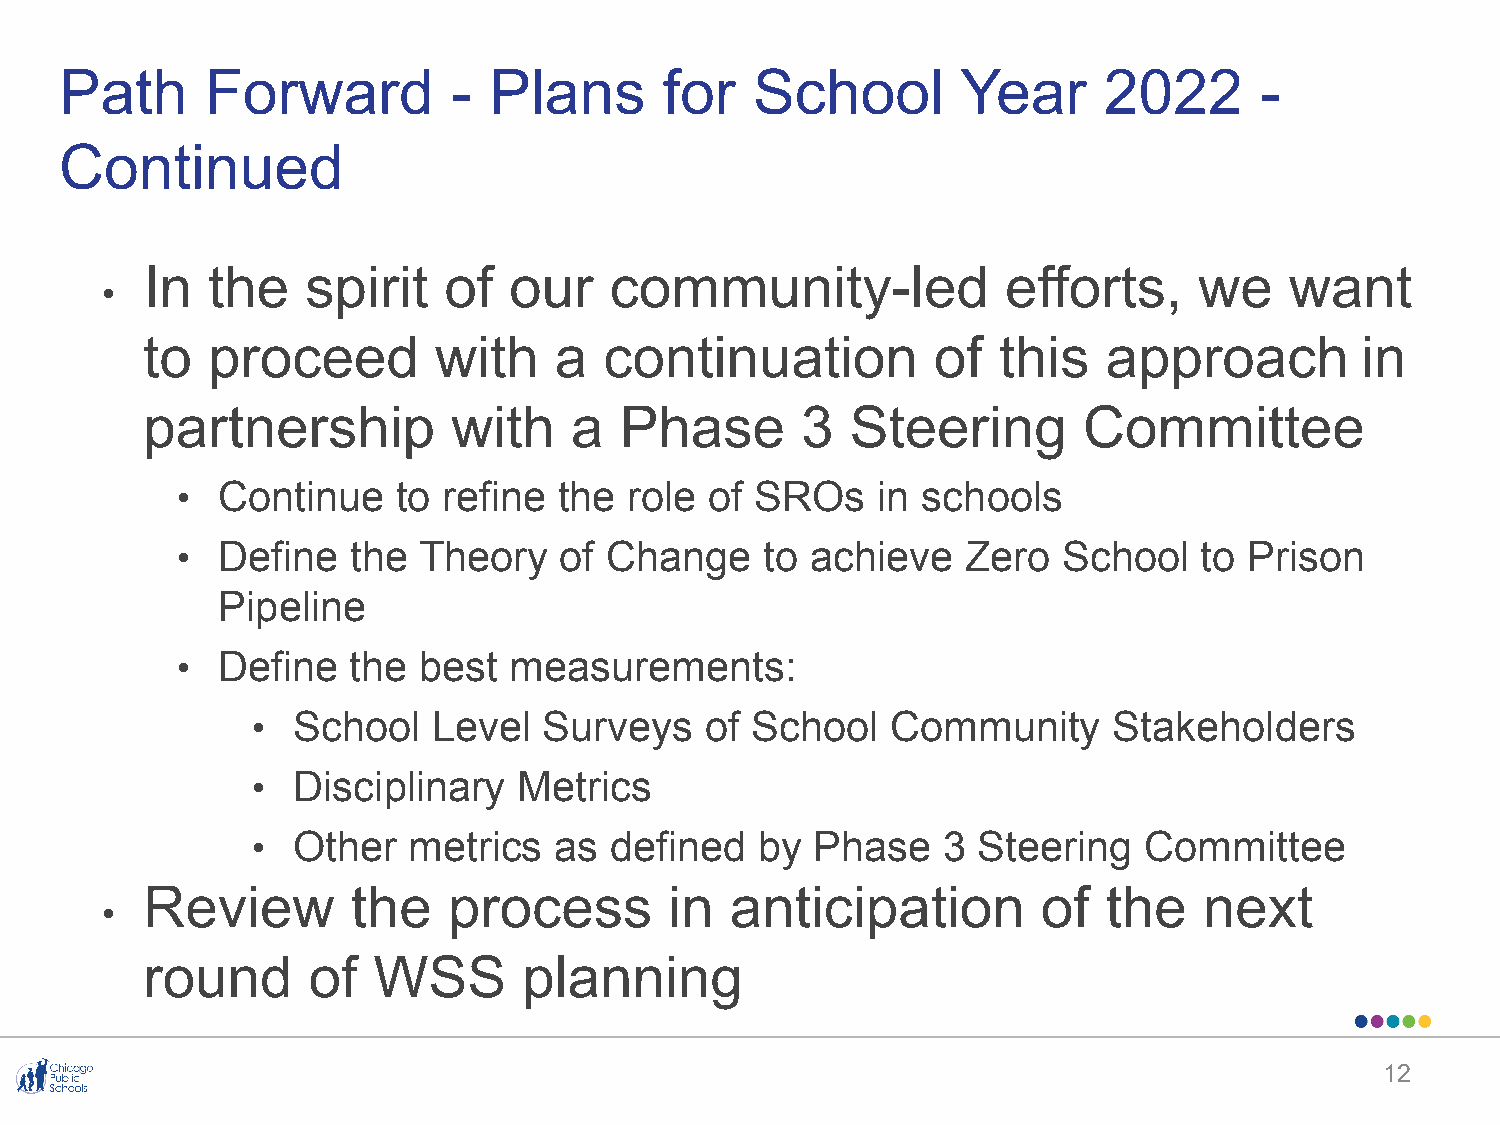
Path      Forward         - Plans       for   School        Year     2022      -
 Continued
 In   the   spirit   of   our   community-led              efforts,    we    want
 •
 to   proceed        with    a  continuation          of  this   approach         in
 partnership          with    a  Phase       3  Steering        Committee
 • Continue    to refine  the  role of SROs    in schools
 • Define   the  Theory   of Change     to achieve   Zero  School    to Prison
 Pipeline
 • Define   the  best  measurements:
 • School    Level  Surveys    of School   Community      Stakeholders
 • Disciplinary   Metrics
 • Other   metrics   as defined   by  Phase   3  Steering   Committee
 Review        the    process       in  anticipation         of  the    next
 •
 round      of   WSS       planning
 12